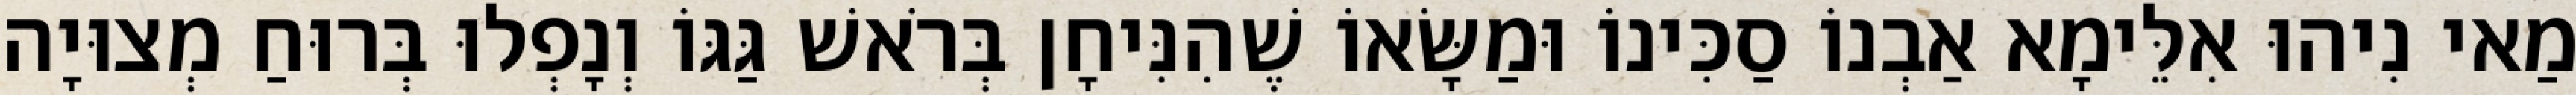
מַאי נִיהוּ אִלֵּימָא אַבְנוֹ סַכִּינוֹ וּמַשָּׂאוֹ שֶׁהִנִּיחָן בְּרֹאשׁ גַּגּוֹ וְנָפְלוּ בְּרוּחַ מְצוּיָה